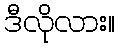
ဒီလိုလား။